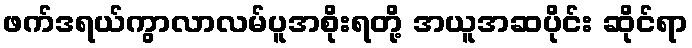
ဖက်ဒရယ်ကွာလာလမ်ပူအစိုးရတို့ အယူအဆပိုင်း ဆိုင်ရာ